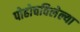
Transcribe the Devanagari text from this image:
पोहोचविलेल्या